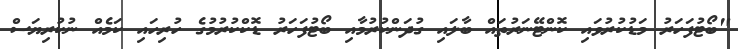
"ބޯޓުފަހަރު މަޑުކުރުވައި ކޮންޓޭނަރުތައް ބާލައި ގުދަންކުރުމާއި ބޯޓުފަހަރު ޑޮކްކުރުމުގެ ހުރިހައި ކަމެއް ނުކުރިޔަސް